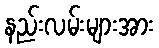
နည်းလမ်းများအား